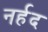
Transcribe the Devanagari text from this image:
नर्हद